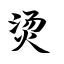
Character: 烫